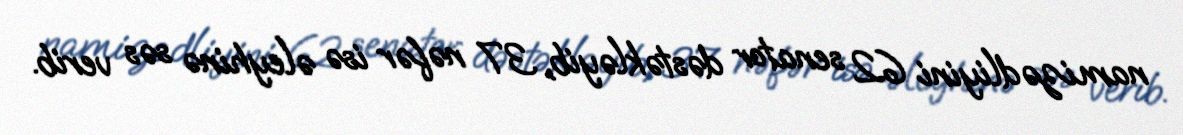
namizədliyini 62 senator dəstəkləyib, 37 nəfər isə əleyhinə səs verib.